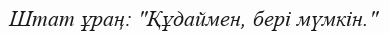
Штат ұраң: "Құдаймен, бері мүмкін."